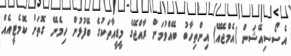
އެސޯސިއޭޝަން (އެމްޖޭއޭ) އިންތިހާބު ބޭއްވުމަށް ރާއްޖޭގެ މީޑީއާތަކުގެ ބޭފުޅުން ހިމެނޭ ގޮތަށް ކޮމެޓީއެއް